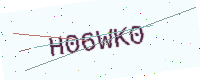
Text: H06WK0